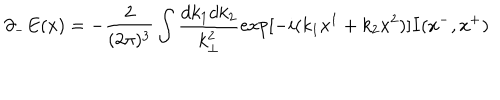
{ \partial } _ { - } E ( x ) = - \frac { 2 } { ( 2 { \pi } ) ^ { 3 } } \int \frac { d k _ { 1 } d k _ { 2 } } { k _ { \bot } ^ { 2 } } \mathrm { e x p } [ - i ( k _ { 1 } x ^ { 1 } + k _ { 2 } x ^ { 2 } ) ] I ( x ^ { - } , x ^ { + } )